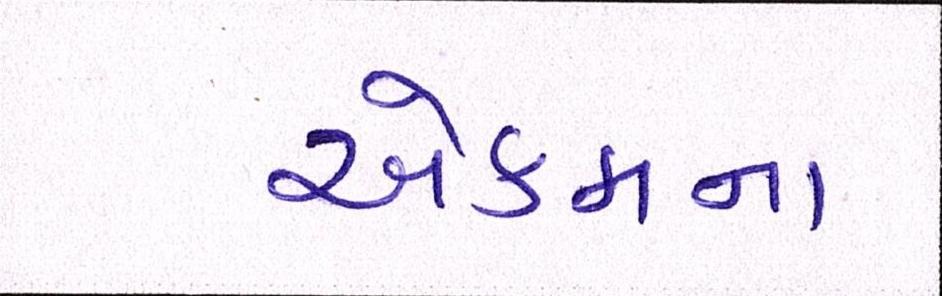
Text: એકમના